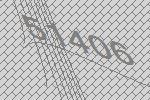
51406